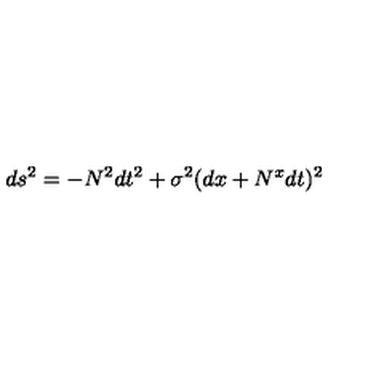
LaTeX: d s ^ { 2 } = - N ^ { 2 } d t ^ { 2 } + \sigma ^ { 2 } ( d x + N ^ { x } d t ) ^ { 2 }